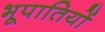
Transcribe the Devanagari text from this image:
भूपातियों